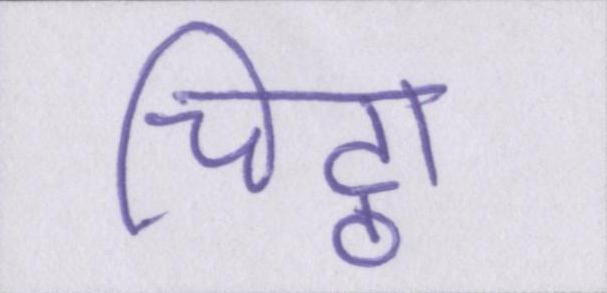
चिट्ठा